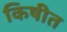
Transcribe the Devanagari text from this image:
किषीत